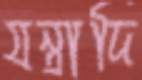
যন্ত্রাদি